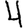
Digit: 4